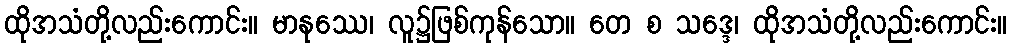
ထိုအသံတို့လည်းကောင်း။ မာနုဿေ၊ လူ၌ဖြစ်ကုန်သော။ တေ စ သဒ္ဒေ၊ ထိုအသံတို့လည်းကောင်း။